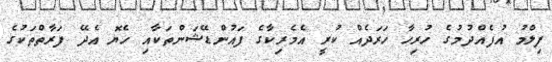
ފިލްމު އުފެއްދުމުގެ ހުރިހާ ހަރަދެއް ކުރީ އެމެރިކާގެ ފައުންޑޭޝަންތަކާއި ހެޔޮ އެދޭ ފަރާތްތަކުގެ